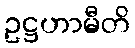
ဥဋ္ဌဟာမီတိ